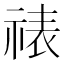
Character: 𬒾